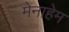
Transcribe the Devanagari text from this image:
मेनाहेम